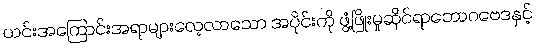
ယင်းအကြောင်းအရာများလေ့လာသော အပိုင်းကို ဖွံ့ဖြိုးမှုဆိုင်ရာဘောဂဗေဒနှင့်